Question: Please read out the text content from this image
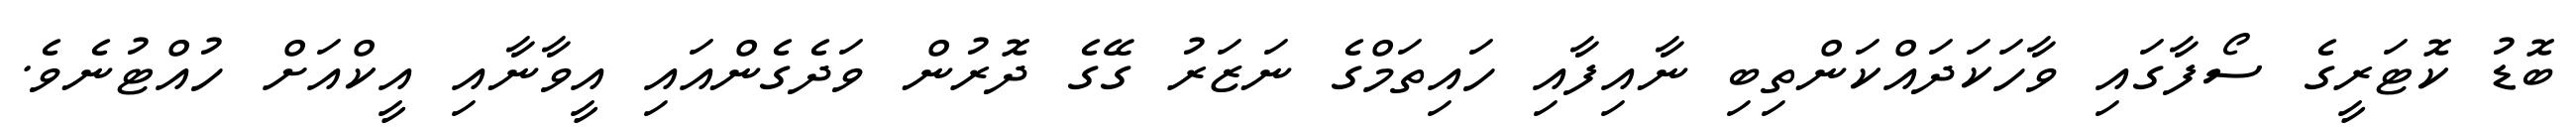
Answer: ބޮޑު ކޮޓަރީގެ ސޯފާގައި ވާހަކަދައްކަންތިބި ނާއިފާއި ހައިތަމްގެ ނަޒަރު ގޭގެ ދޮރުން ވަދެގެންއައި އީވާނާއި އީކްއަށް ހުއްޓުނެވެ.